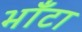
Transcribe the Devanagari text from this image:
भाँटा